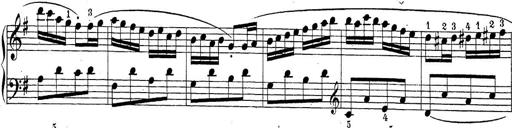
Title: Sonatina Album
Composer: Louis KÃ¶hler